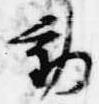
動